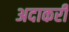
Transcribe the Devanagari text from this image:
अदाकरी